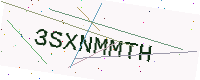
Text: 3SXNMMTH